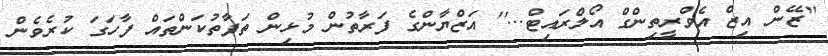
''ޒޭން އިޒް އެވްރީތިންގް އޯލްރައިޓް...'' އަޒްޔާންގެ ފަރާތުން މުޅިން ތަފާތުކަންތައް ފާހަގަ ކުރެވެން